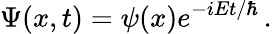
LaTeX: \Psi(x,t)=\psi(x)e^{-iEt/\hbar}\, .